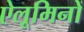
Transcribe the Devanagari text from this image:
ऐलूमिनों